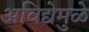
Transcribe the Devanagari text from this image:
अविद्येमुळे